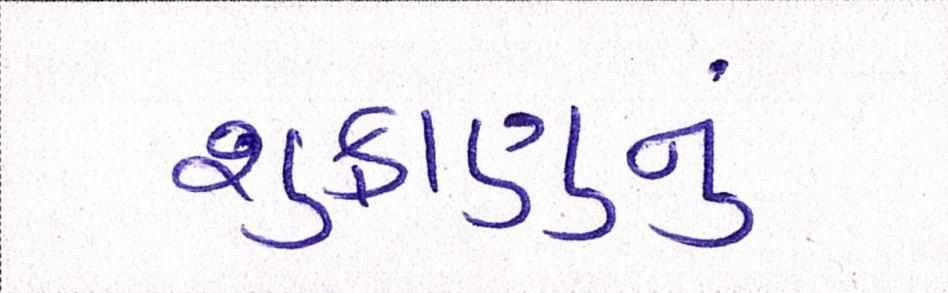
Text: શુક્રાણુનું